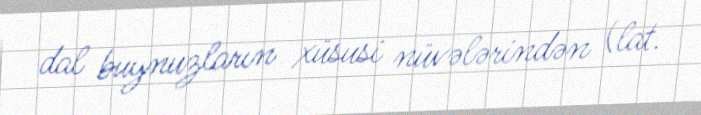
dal buynuzların xüsusi nüvələrindən (lat.